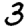
Digit: 3